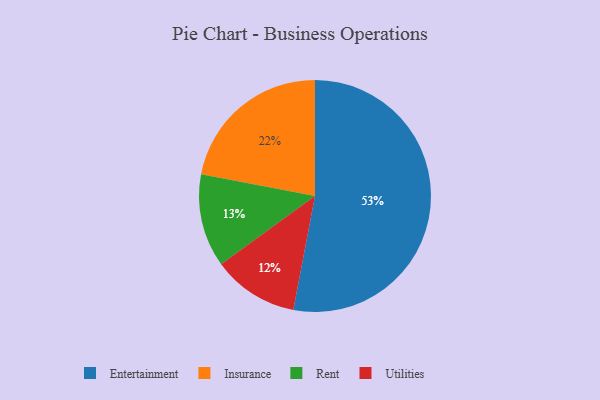
{"axis": {"x": "Category", "y": "Percentage"}, "legend": ["Entertainment", "Insurance", "Rent", "Utilities"], "data": [{"x": "Rent", "y": 13, "type": "Rent"}, {"x": "Entertainment", "y": 53, "type": "Entertainment"}, {"x": "Utilities", "y": 12, "type": "Utilities"}, {"x": "Insurance", "y": 22, "type": "Insurance"}]}